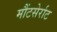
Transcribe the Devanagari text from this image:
मौंटसेर्राट